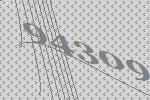
94309